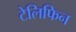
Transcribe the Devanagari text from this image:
टेलिफिन